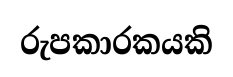
රුපකාරකයකි